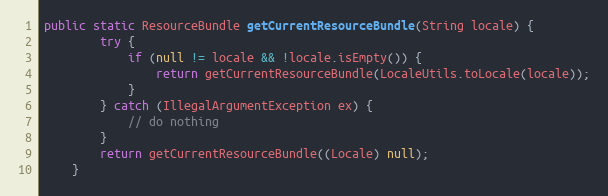
Language: Java
public static ResourceBundle getCurrentResourceBundle(String locale) {
		try {
			if (null != locale && !locale.isEmpty()) {
				return getCurrentResourceBundle(LocaleUtils.toLocale(locale));
			}
		} catch (IllegalArgumentException ex) {
			// do nothing
		}
		return getCurrentResourceBundle((Locale) null);
	}